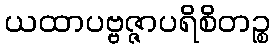
ယထာပဗ္ဗဇ္ဇာပရိစိတဉ္စ